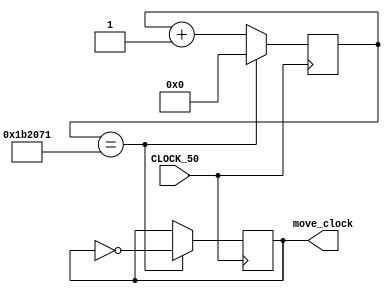
module tick_clock(CLOCK_50,move_clock);
input wire CLOCK_50;
output reg move_clock;
reg [21:0]count;
always @( posedge CLOCK_50 )
	begin
		count <= count + 1;
		if(count == 1777777)
		begin
			move_clock <= ~move_clock;
			count <= 0;
		end	
	end
	endmodule